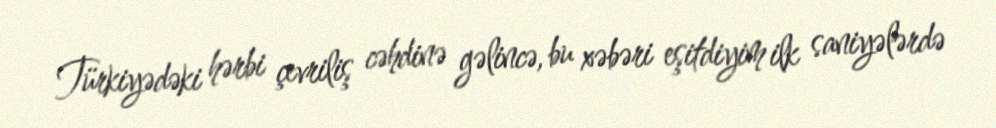
Türkiyədəki hərbi çevriliş cəhdinə gəlincə, bu xəbəri eşitdiyim ilk saniyələrdə